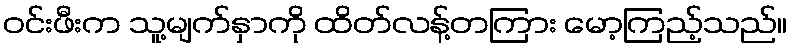
ဝင်းဖီးက သူ့မျက်နှာကို ထိတ်လန့်တကြား မော့ကြည့်သည်။